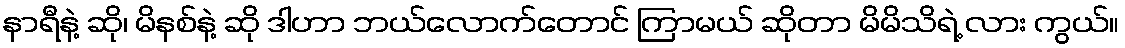
နာရီနဲ့ ဆို၊ မိနစ်နဲ့ ဆို ဒါဟာ ဘယ်လောက်တောင် ကြာမယ် ဆိုတာ မိမိသိရဲ့ လား ကွယ်။